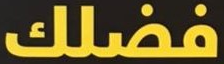
فضلك